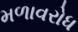
મળાવરોધ